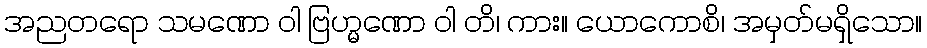
အညတရော သမဏော ဝါ ဗြဟ္မဏော ဝါ တိ၊ ကား။ ယောကောစိ၊ အမှတ်မရှိသော။